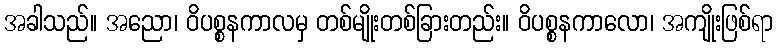
အခါသည်။ အညော၊ ဝိပစ္စနကာလမှ တစ်မျိုးတစ်ခြားတည်း။ ဝိပစ္စနကာလော၊ အကျိုးဖြစ်ရာ